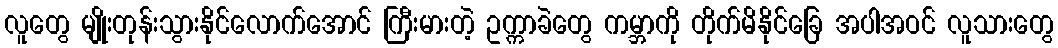
လူတွေ မျိုးတုန်းသွားနိုင်လောက်အောင် ကြီးမားတဲ့ ဥက္ကာခဲတွေ ကမ္ဘာကို တိုက်မိနိုင်ခြေ အပါအဝင် လူသားတွေ